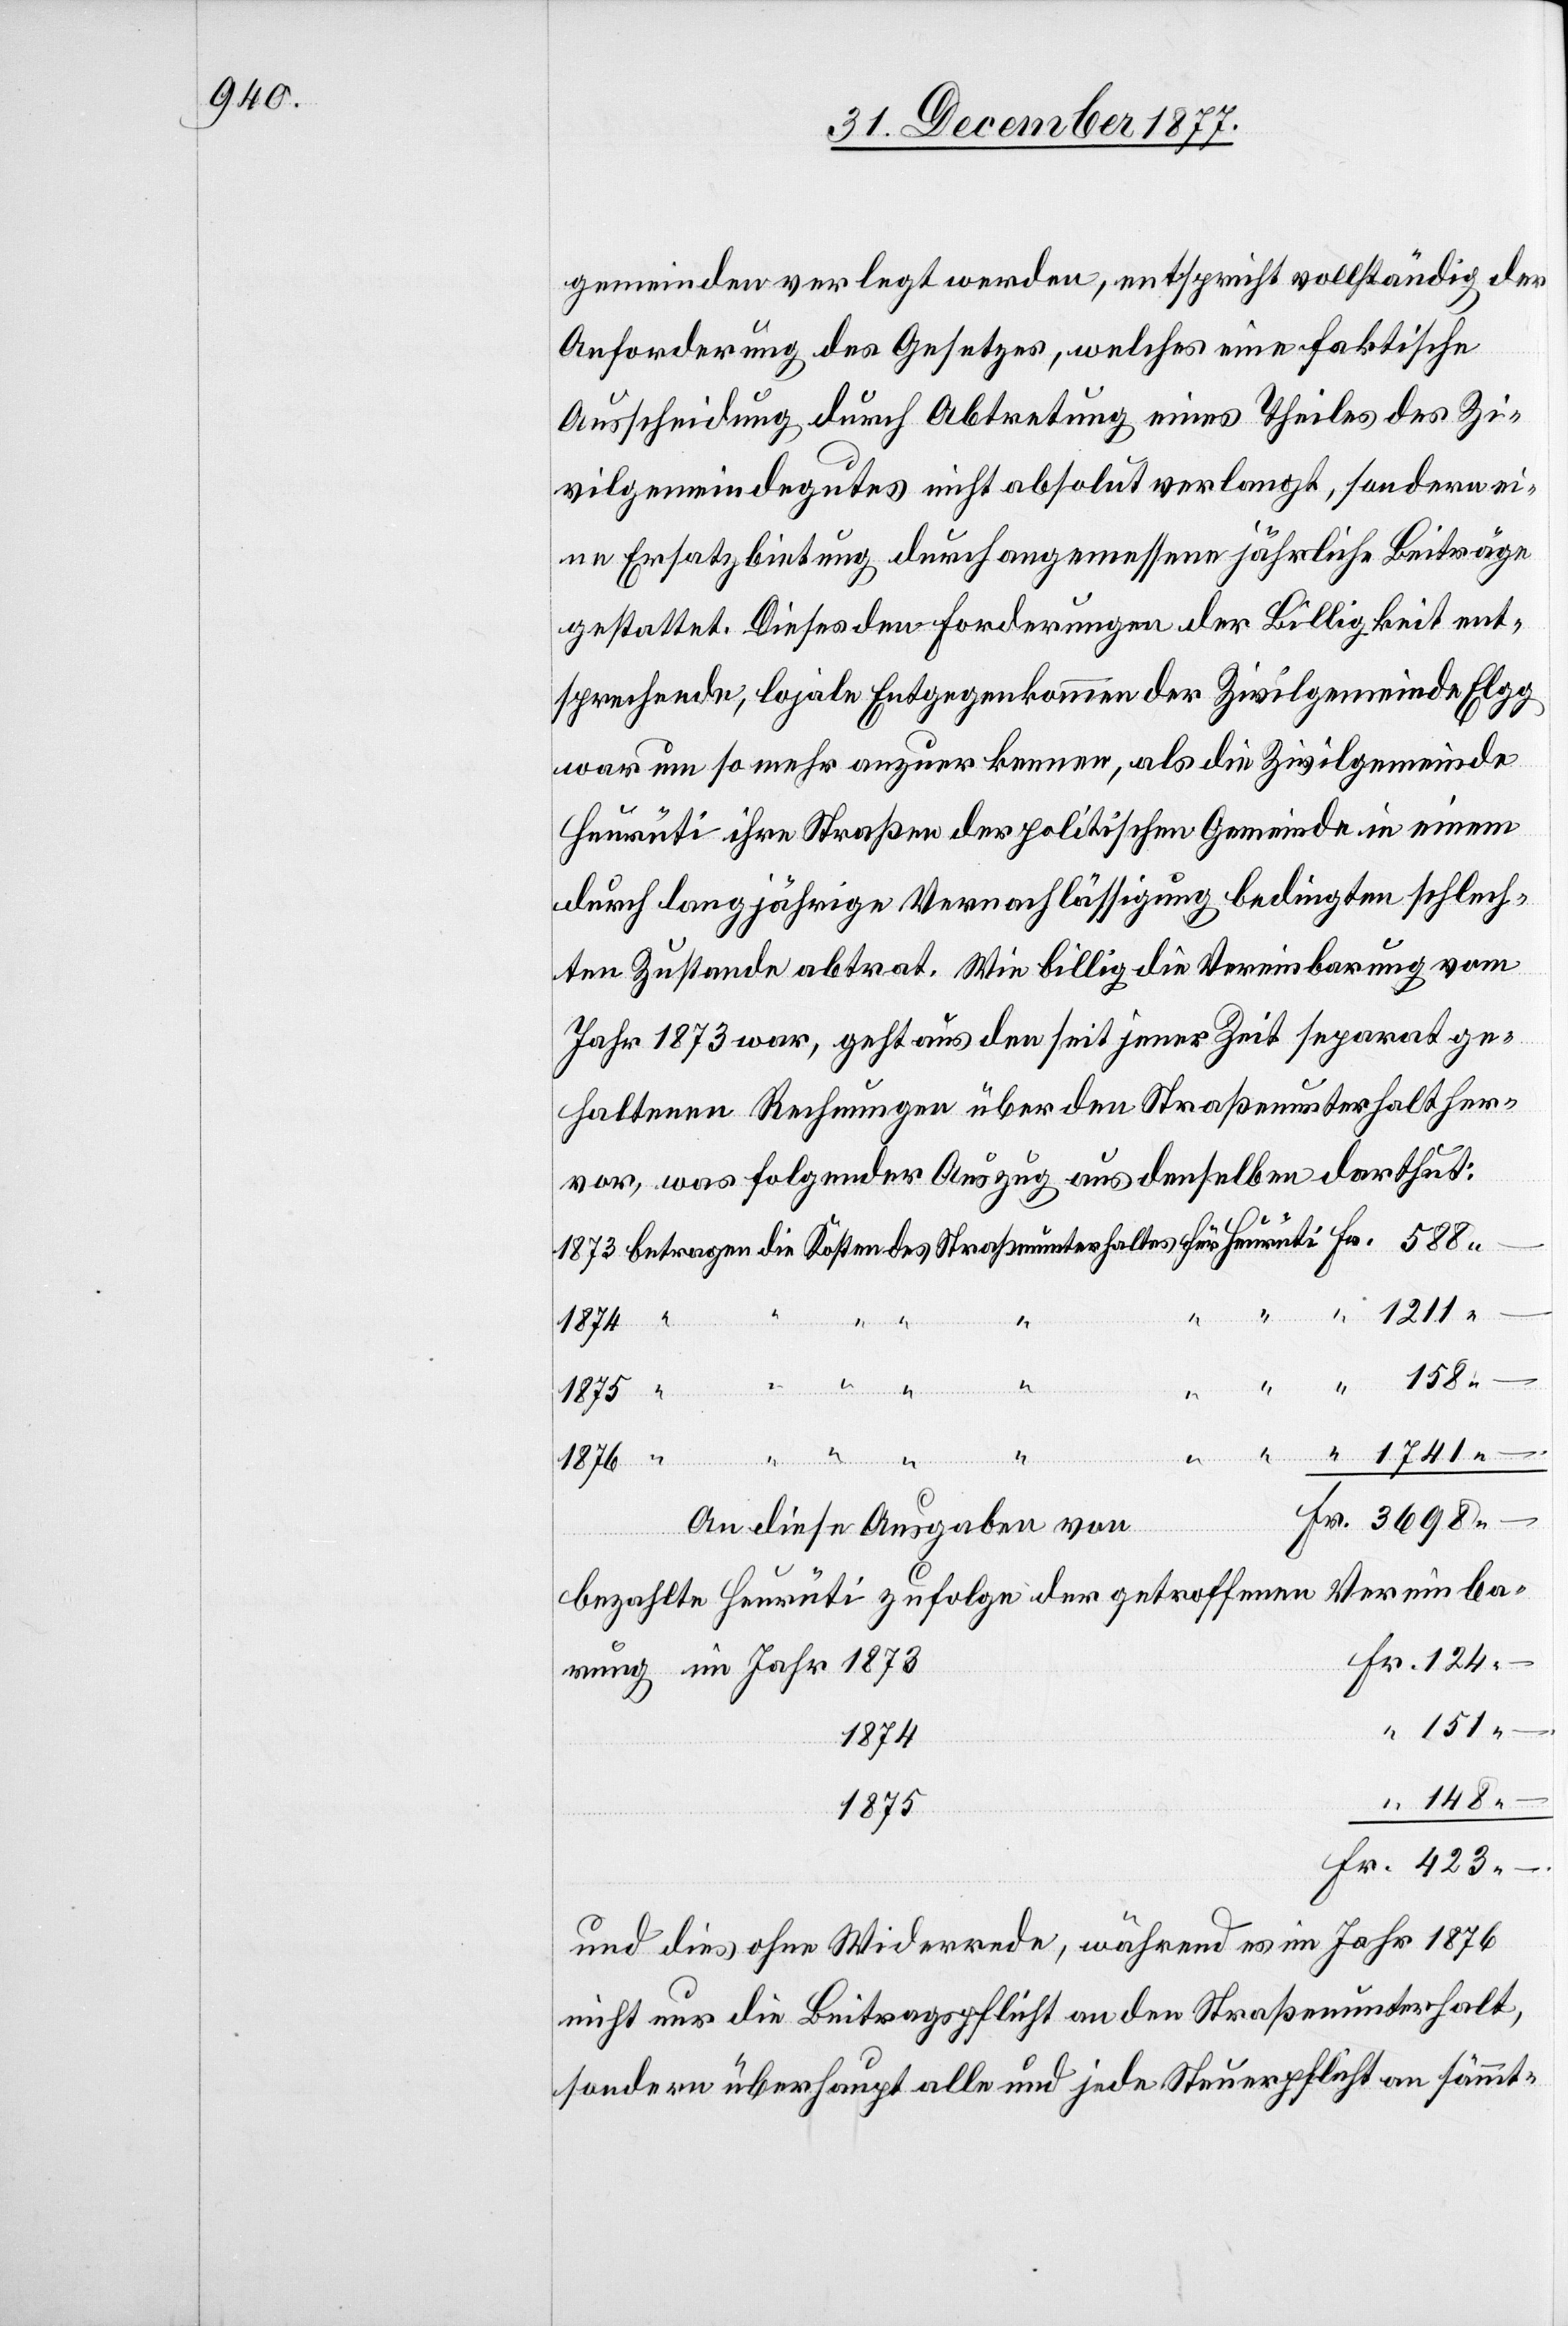
gemeinden verlegt werden, entspricht vollständig der
Anforderung des Gesetzes, welches eine faktische
Ausscheidung durch Abtretung eines Theiles des Zi¬
vilgemeindegutes nicht absolut verlangt, sondern ei¬
ne Ersatzbietung durch angemessene jährliche Beiträge
gestattet. Dieses den Forderungen der Billigkeit ent¬
sprechende, lojale Entgegenkommen der Zivilgemeinde Elgg
war um so mehr anzuerkennen, als die Zivilgemeinde
Heurüti ihre Straßen der politischen Gemeinde in einem
durch langjährige Vernachlässigung bedingten schlech¬
ten Zustande abtrat. Wie billig die Vereinbarung vom
Jahr 1873 war, geht aus den seit jener Zeit separat ge¬
haltenen Rechnungen über den Straßenunterhalt her¬
vor, was folgender Auszug aus denselben darthut:
betragen die Kosten des Straßenunterhaltes für Heurüti
“ 1211
1741
–
151
im Jahr
Fr. 3698 –
An diese Ausgaben von
Vereinba¬
bezahlte Heurüti zufolge der getroffenen
Fr. 124
1874
“ 148
1875
Fr. 423 –
und dies ohne Widerrede, während es im Jahr 1876
nicht nur die Beitragspflicht an den Straßenunterhalt,
sondern überhaupt alle und jede Steuerpflicht an sämmt-